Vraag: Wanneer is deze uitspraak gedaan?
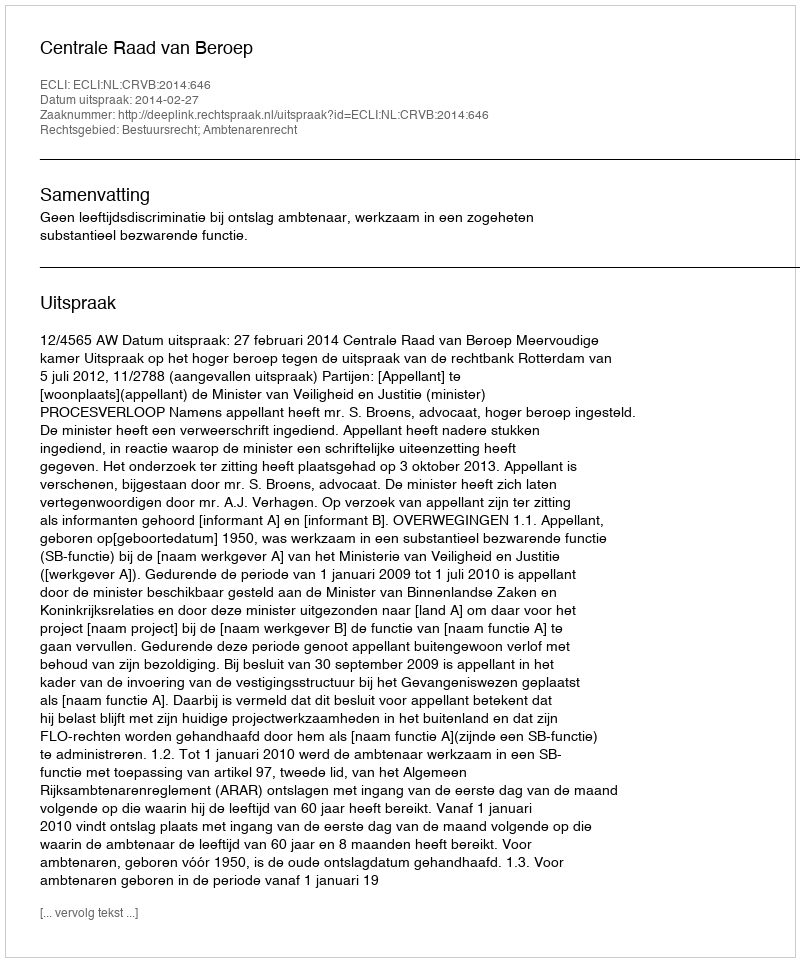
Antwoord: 2014-02-27